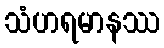
သံဟရမာနဿ